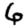
Digit: 6